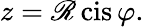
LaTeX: z=\mathscr{R}\operatorname{cis}\varphi.